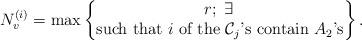
LaTeX: \begin{align*}N_v^{(i)} = \max \left\{\begin{matrix} r; \; \exists \, \\ \text{such that $i$ of the $\mathcal C_j$'s contain $A_2$'s}\end{matrix}\right\}.\end{align*}